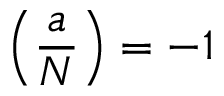
\left( { \frac { a } { N } } \right) = - 1